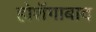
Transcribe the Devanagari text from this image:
होशँगाबाद